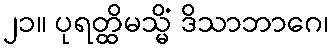
၂၁။ ပုရတ္ထိမသ္မိံ ဒိသာဘာဂေ၊